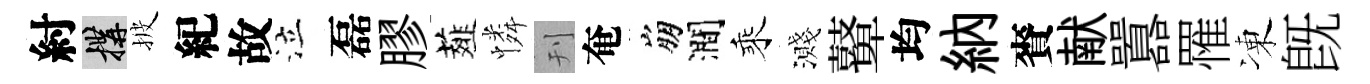
紂構披紀故泣磊膠薤憐刊奄崩澗乘濺鼙均納賚献囂罹凍旣